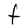
Character: t